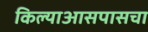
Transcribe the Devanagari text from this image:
किल्याआसपासचा